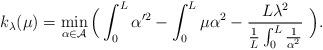
LaTeX: \begin{align*} k_{\lambda}(\mu)=\min_{\alpha\in \mathcal{A}} \Big(\int_0^L \alpha'^2-\int_0^L \mu\alpha^2-\displaystyle{\frac{L\lambda^2}{\frac{1}{L}\int_0^L \frac{1}{\alpha^2}} }\ \Big).\end{align*}